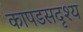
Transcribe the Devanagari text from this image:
कापडसदृश्य